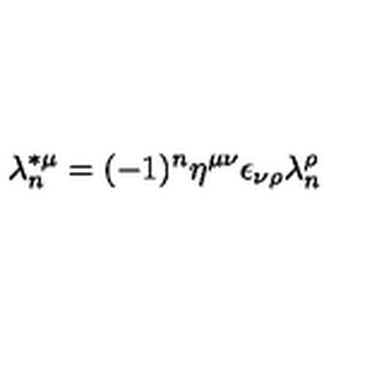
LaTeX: \lambda _ { n } ^ { * \mu } = ( - 1 ) ^ { n } \eta ^ { \mu \nu } \epsilon _ { \nu \rho } \lambda _ { n } ^ { \rho }